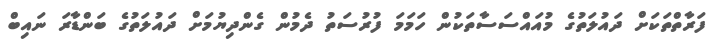
ފަރާތްތަކަށް ދައުލަތުގެ މުއައްސަސާތަކުން ހަމަމަ ފުރުސަތު ދެމުން ގެންދިޔުމަށް ދައުލަތުގެ ބަންޑާރަ ނައިބް